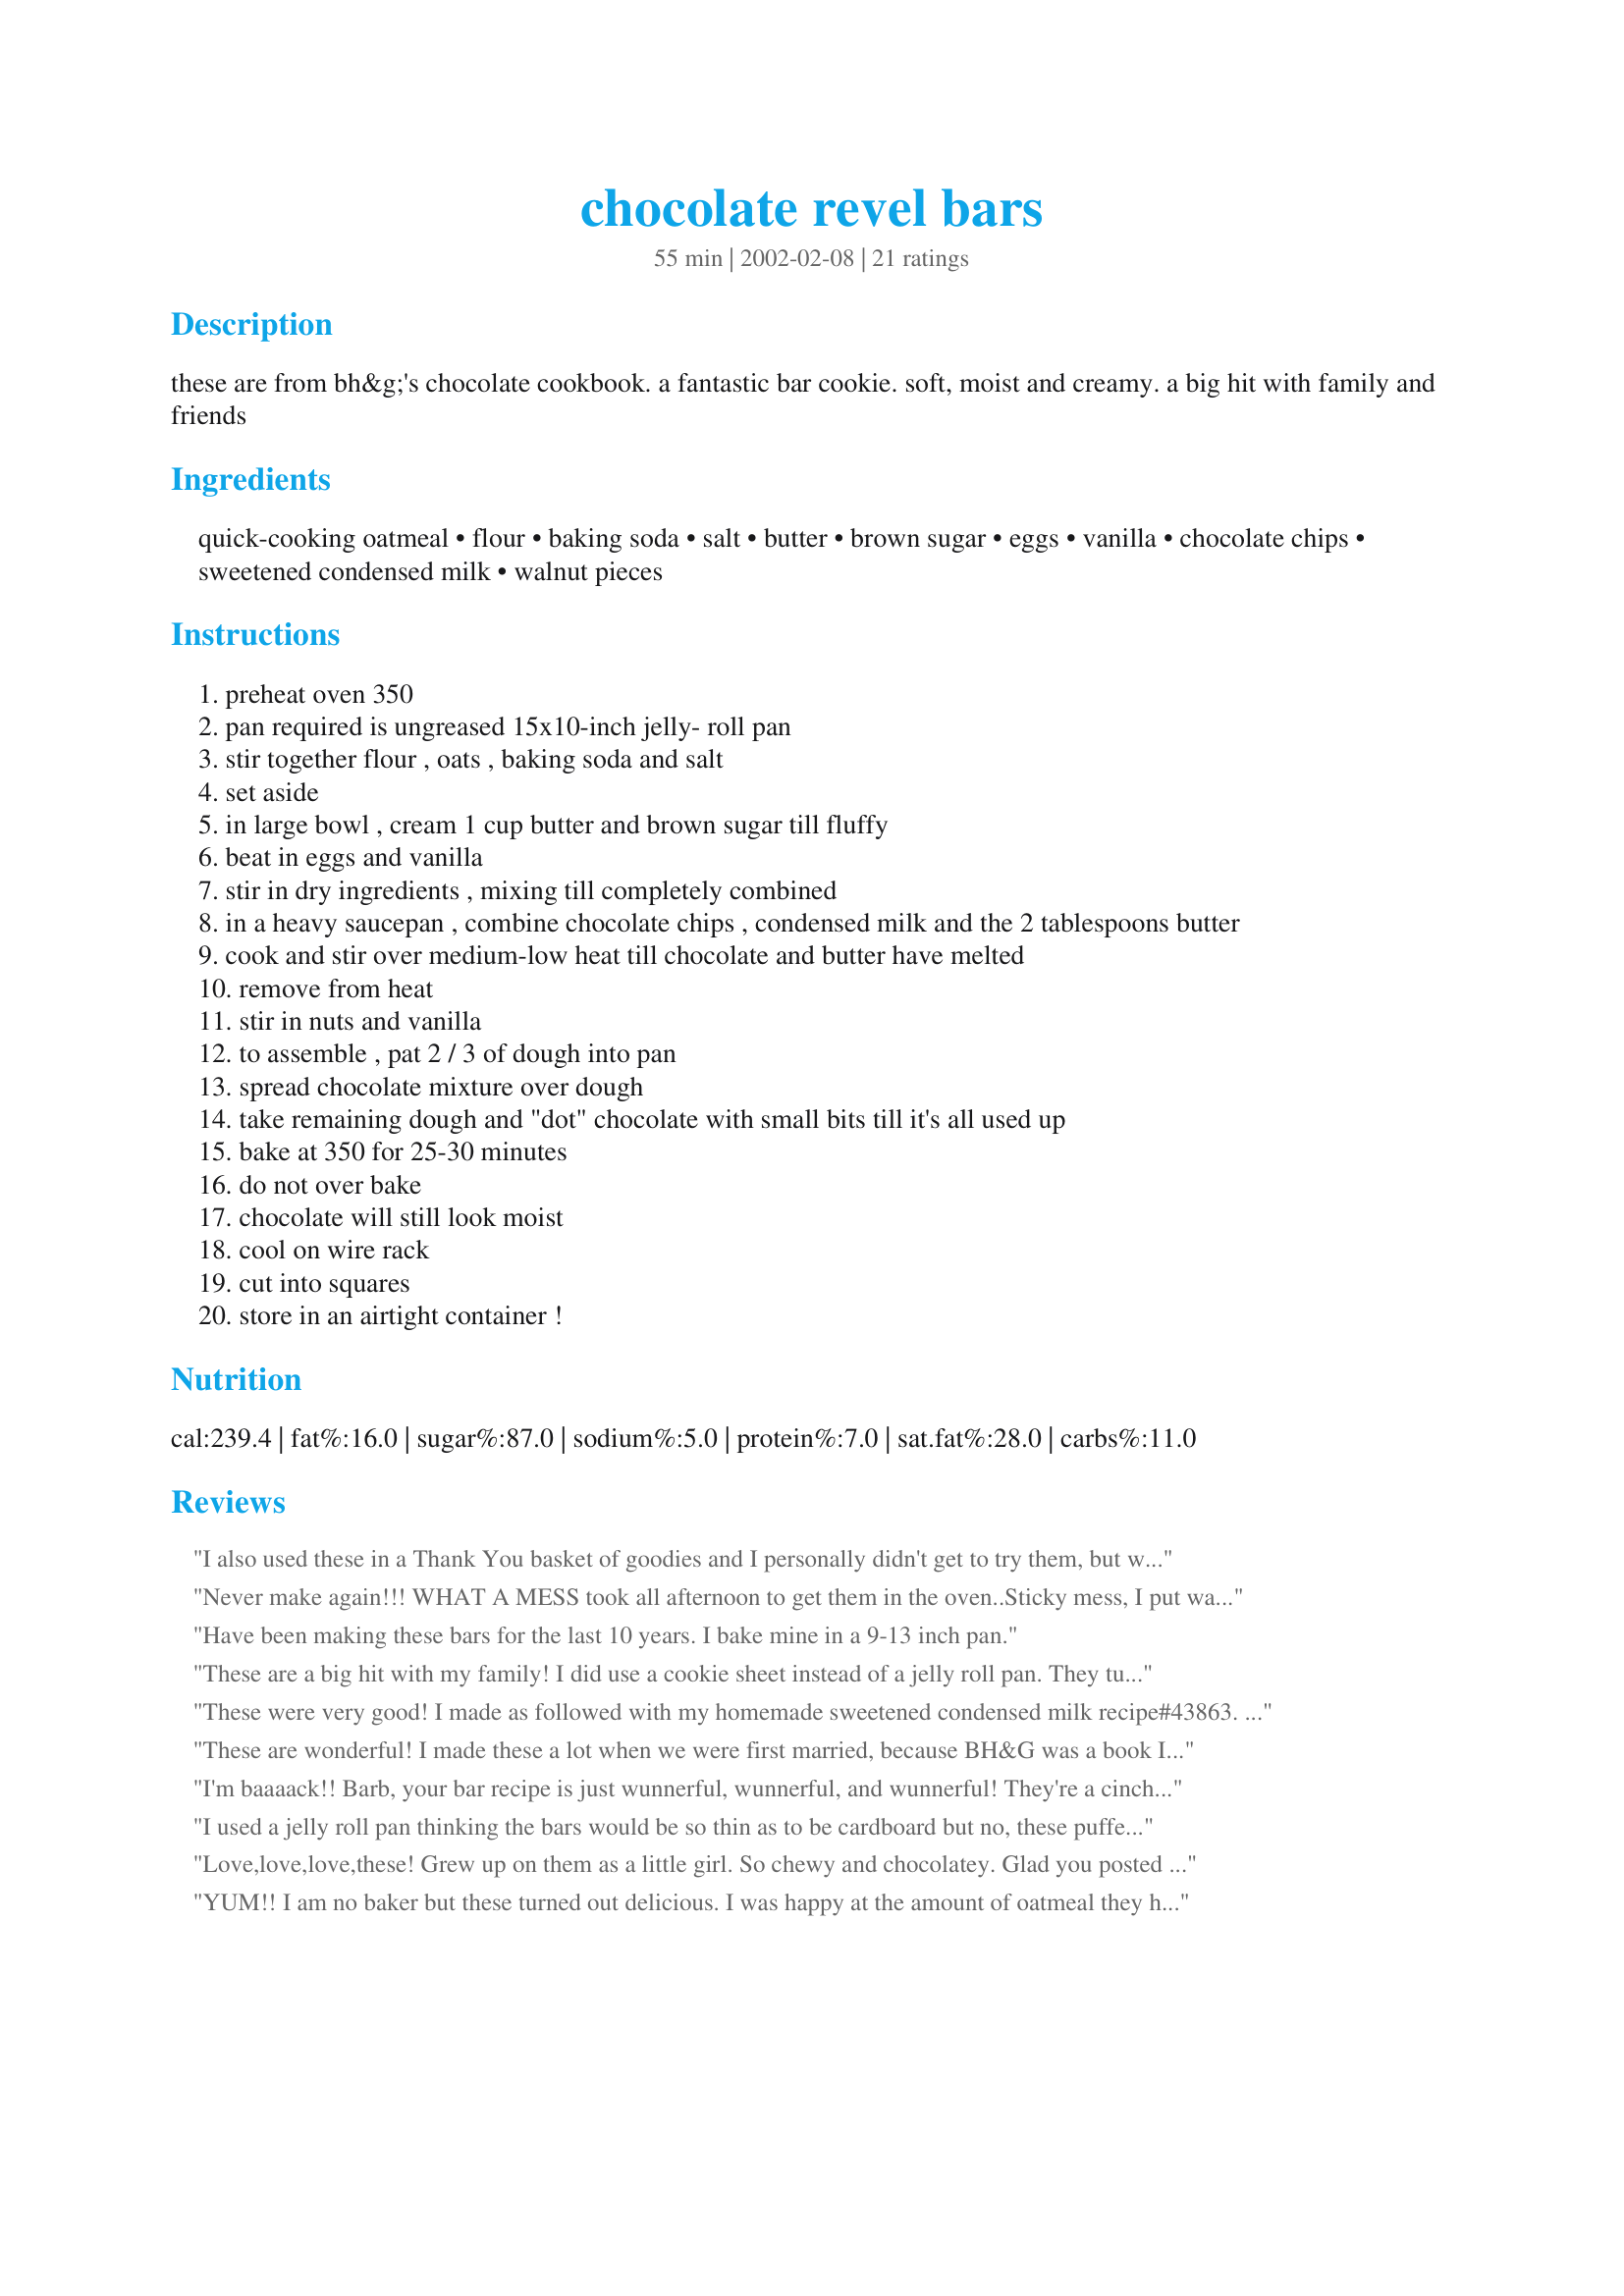
chocolate revel bars
Preparation time: 55 minutes

these are from bh&g's chocolate cookbook. a fantastic bar cookie. soft, moist and creamy. a big hit with family and friends

Ingredients:
quick-cooking oatmeal, flour, baking soda, salt, butter, brown sugar, eggs, vanilla, chocolate chips, sweetened condensed milk, walnut pieces

Steps:
preheat oven 350
pan required is ungreased 15x10-inch jelly- roll pan
stir together flour , oats , baking soda and salt
set aside
in large bowl , cream 1 cup butter and brown sugar till fluffy
beat in eggs and vanilla
stir in dry ingredients , mixing till completely combined
in a heavy saucepan , combine chocolate chips , condensed milk and the 2 tablespoons butter
cook and stir over medium-low heat till chocolate and butter have melted
remove from heat
stir in nuts and vanilla
to assemble , pat 2 / 3 of dough into pan
spread chocolate mixture over dough
take remaining dough and "dot" chocolate with small bits till it's all used up
bake at 350 for 25-30 minutes
do not over bake
chocolate will still look moist
cool on wire rack
cut into squares
store in an airtight container !

Reviews:
I also used these in a Thank You basket of goodies and I personally didn't get to try them, but was assured they were excellent!!! I can attest to the ease of the recipe and the smell while baking was incredible. Thank You for sharing, will be making again.
Never make again!!! WHAT A MESS took all afternoon to get them in the oven..Sticky mess, I put water on my fing&egrave;rs constantly. WHY???
Have been making these bars for the last 10 years. I bake mine in a 9-13 inch pan.
These are a big hit with my family! I did use a cookie sheet instead of a jelly roll pan. They turned out just great!
 A facilty I work at makes these but wouldn't give out the recipe. Thank you Iron Bloomers for sharing this recipe with everyone!! Love them!!! The chocolate part adds moisture to the bar base. Great to take to a family get-together.
These were very good! I made as followed with my homemade sweetened condensed milk recipe#43863. Took me a while to pat the bottom crust into the pan until I finally realized you mention that it is best with wet damp fingers, well it sure when fast after that LOL!. I think I did however use too much for the bottom crust, as I did not have as much topping as I would have liked, there were a lot of large spots left uncovered, next time I make it, and there will be a next time, I will be sure to leave enough for the topping(my mistake). This is a very good bar recipe, if you are an oatmeal cookie lover, then this is a recipe that you are sure to enjoy, it actually is like an oatmeal cookie with a delicious creamy chocolate filling in the middle, oh also, I did add 2 Tbsp whipping cream to the chocolate when melting, to make it more like a milk chocolate. Great recipe Iron Bloomers, thanks for sharing.....Kittencal:)
These are wonderful! I made these a lot when we were first married, because BH&G was a book I used almost every night as I was learning to cook!
I'm baaaack!!
Barb, your bar recipe is just wunnerful, wunnerful, and wunnerful! They're a cinch to mix together and bake. Real yummie chocolate and oatmeal. Doesn't get any better than that! I did omit the walnuts.
Lucky me! I found a winner!
Thanks so much for posting.
Laudee
I used a jelly roll pan thinking the bars would be so thin as to be cardboard but no, these puffed up enough to make a good base for the chocolate filling which was oh, so good. Made enough for me to send the neighbors some. TFS Made for Prop It Up, a tag game.
Love,love,love,these! Grew up on them as a little girl. So chewy and chocolatey. Glad you posted this recipe, now I can make them for my little girl.
YUM!! I am no baker but these turned out delicious. I was happy at the amount of oatmeal they had in them so I can consider them health food. LOL :rofl:

Thanks for posting a winner!!
Really good chocolate and oatmeal bars. Will make again. Thanks for posting.
Very simple recipe - easy to follow. Had to borrow a pan from my neighbor, but was well worth it. The taste was great. 4 starts instead of 5 only because my family wasn't crazy about the texture of the chocolate mixed with the the condensed milk - too creamy for them, believe it or not! DH said it hid the true taste of the chocolate and made the bars 'not chocolately enough', but I think they are fantastic!
These are oh-so-fudgy and delicious. My mom, being the super-MIL that she is, makes a batch of these every year, just for my husband. They are delicious, and if I'm lucky, I can steal one or two when he's not looking ;-D
Oh Miss IB these were fantastic. Yummy....So easy to prepare and they came out perfect. Thank you for sharing. I may try to mix a few white chocolate chips in with the regular to give it a new twist. LOL
These got compliments from the attendees of the potluck I made these for.
My mom has been making these for as long as I can remember. They are so good, nice and chocolaty :)
I love the combination of chocolate and oatmeal. They were very easy to make and are indeed, soft, moist and creamy. Unfortunately, I made them for a friend who helped me haul off some shrub trimmings so I only got one piece before I boxed it up. I guess I'll just have to make another batch for me.
These remind of Fudge Jumbles which came in a box mix in the mid 1980's. I made once batch as wrtten, but even baking 20 minutes was too long. The next batch I made using peanut butter chips and a bew chocolate chips and no nuts. I only baked them 15 minutes and they were just right. I like the fact that I can use the jelly roll pan because you can cut lots! Both times I didn't start out with enough to cover the pan, added more, and still had more than enough to dot the top with. I will be making these again for bake sales.
When I have a chocolate/oatmeal craving I usually make oatmeal chocolate chip cookies, but decided to try something different. Sure am glad I did ! These are really yummy. Only thing I did differently is added a whole cup of walnuts (love nuts). I will definitely be making these again.
YUM! These are a major hit with me, only be sure to use dark chocolate not milk chocolate or else it'll be overpoweringly sweet. Yep, my new favourite food.
I also have this recipe. This is really great and easy to make for the chocolate fan. People can't figure out what's in them! I like to cut these up into bite size pieces. Thanks!
